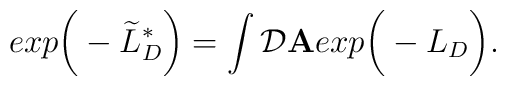
exp\bigg( - \widetilde{L}^*_D \bigg) = \int {\cal D} {\bf A} exp \bigg( -L_D \bigg).